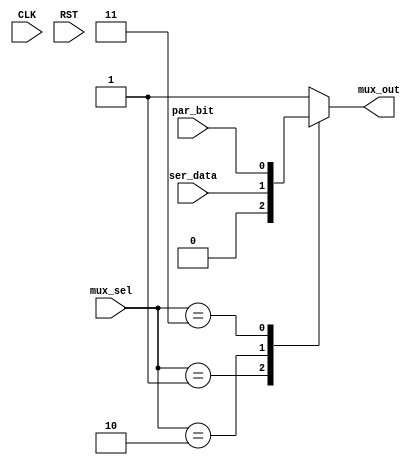
module UART_mux 
(
    input           CLK, RST,
    input   [2:0]   mux_sel,
    input           ser_data, par_bit,
    output  reg     mux_out
);

parameter idle = 3'b000;
parameter start = 3'b001  , ser = 3'b010 , parity = 3'b011 , stop = 3'b100;
parameter start_bit = 1'b0, stop_bit = 1'b1;
reg             stp_flag;

/*typedef enum{
          idle,
          start,
          ser,
          parity,
          stop
} state_;
state_ mux_sel; */
/////////////// MUX Module
always @(*) begin            // MUX Function
         case (mux_sel)
             start: mux_out <= start_bit;             
             
             stop:  
              begin  
                mux_out <= stop_bit; 
                stp_flag <= 1'b1;
              end
             
             ser:   mux_out <= ser_data;
             
             parity: 
              begin
                mux_out <= par_bit;
              end 
             idle: 
             begin
                mux_out <= 1'b1;
             end
             default: mux_out <= 1'b1;      // is high in the IDLE case (No transmission).
         endcase

    
 end
    
endmodule